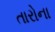
તારોના